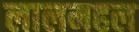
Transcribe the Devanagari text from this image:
लालमहल